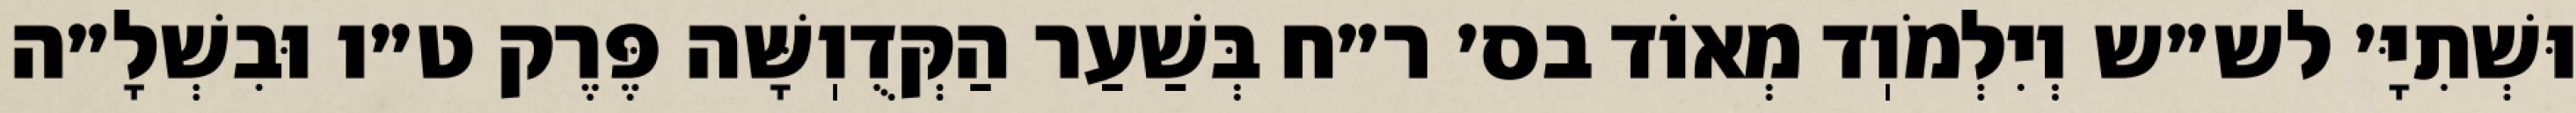
וּשְׁתִיָּ׳ לש״ש וְיִלְמֹוֽד מְאוֹד בס׳ ר״ח בְּשַׁעַר הַקְּדֻוֽשָּׁה פֶּרֶק ט״ו וּבִשְׁלָ״ה